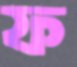
ফ